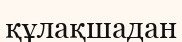
құлақшадан